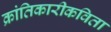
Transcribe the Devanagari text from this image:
क्रांतिकारीकविता